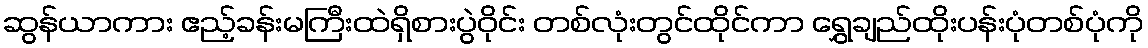
ဆွန်ယာကား ဧည့်ခန်းမကြီးထဲရှိစားပွဲဝိုင်း တစ်လုံးတွင်ထိုင်ကာ ရွှေချည်ထိုးပန်းပုံတစ်ပုံကို